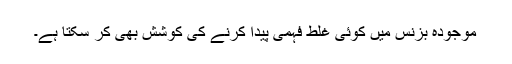
موجودہ بزنس میں کوئی غلط فہمی پیدا کرنے کی کوشش بھی کر سکتا ہے۔